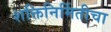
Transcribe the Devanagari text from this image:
शक्तिनिर्मितीचा